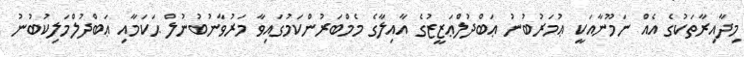
މިދާއިރާތަކުގެ އެއް ނަމޫނާއަކީ ޢުމަރުބުނު ޢަބްދުލްޢަޒީޒުގެ އާއިލާގެ މެމްބަރުންކަމުގައިވާ މަރުވާނުބުނުލް ޙަކަމާއި ޢަބްދުލްމަލިކުބުނު